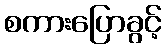
စကားပြောခွင့်